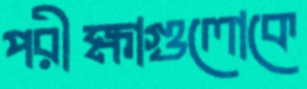
পরীক্ষাগুলোকে